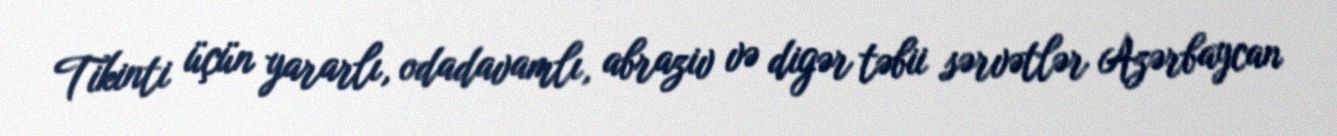
Tikinti üçün yararlı, odadavamlı, abraziv və digər təbii sərvətlər Azərbaycan